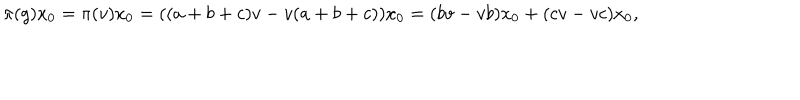
LaTeX: \pi ( g ) x _ { 0 } = \pi ( v ) x _ { 0 } = ( ( a + b + c ) v - v ( a + b + c ) ) x _ { 0 } = ( b v - v b ) x _ { 0 } + ( c v - v c ) x _ { 0 } ,